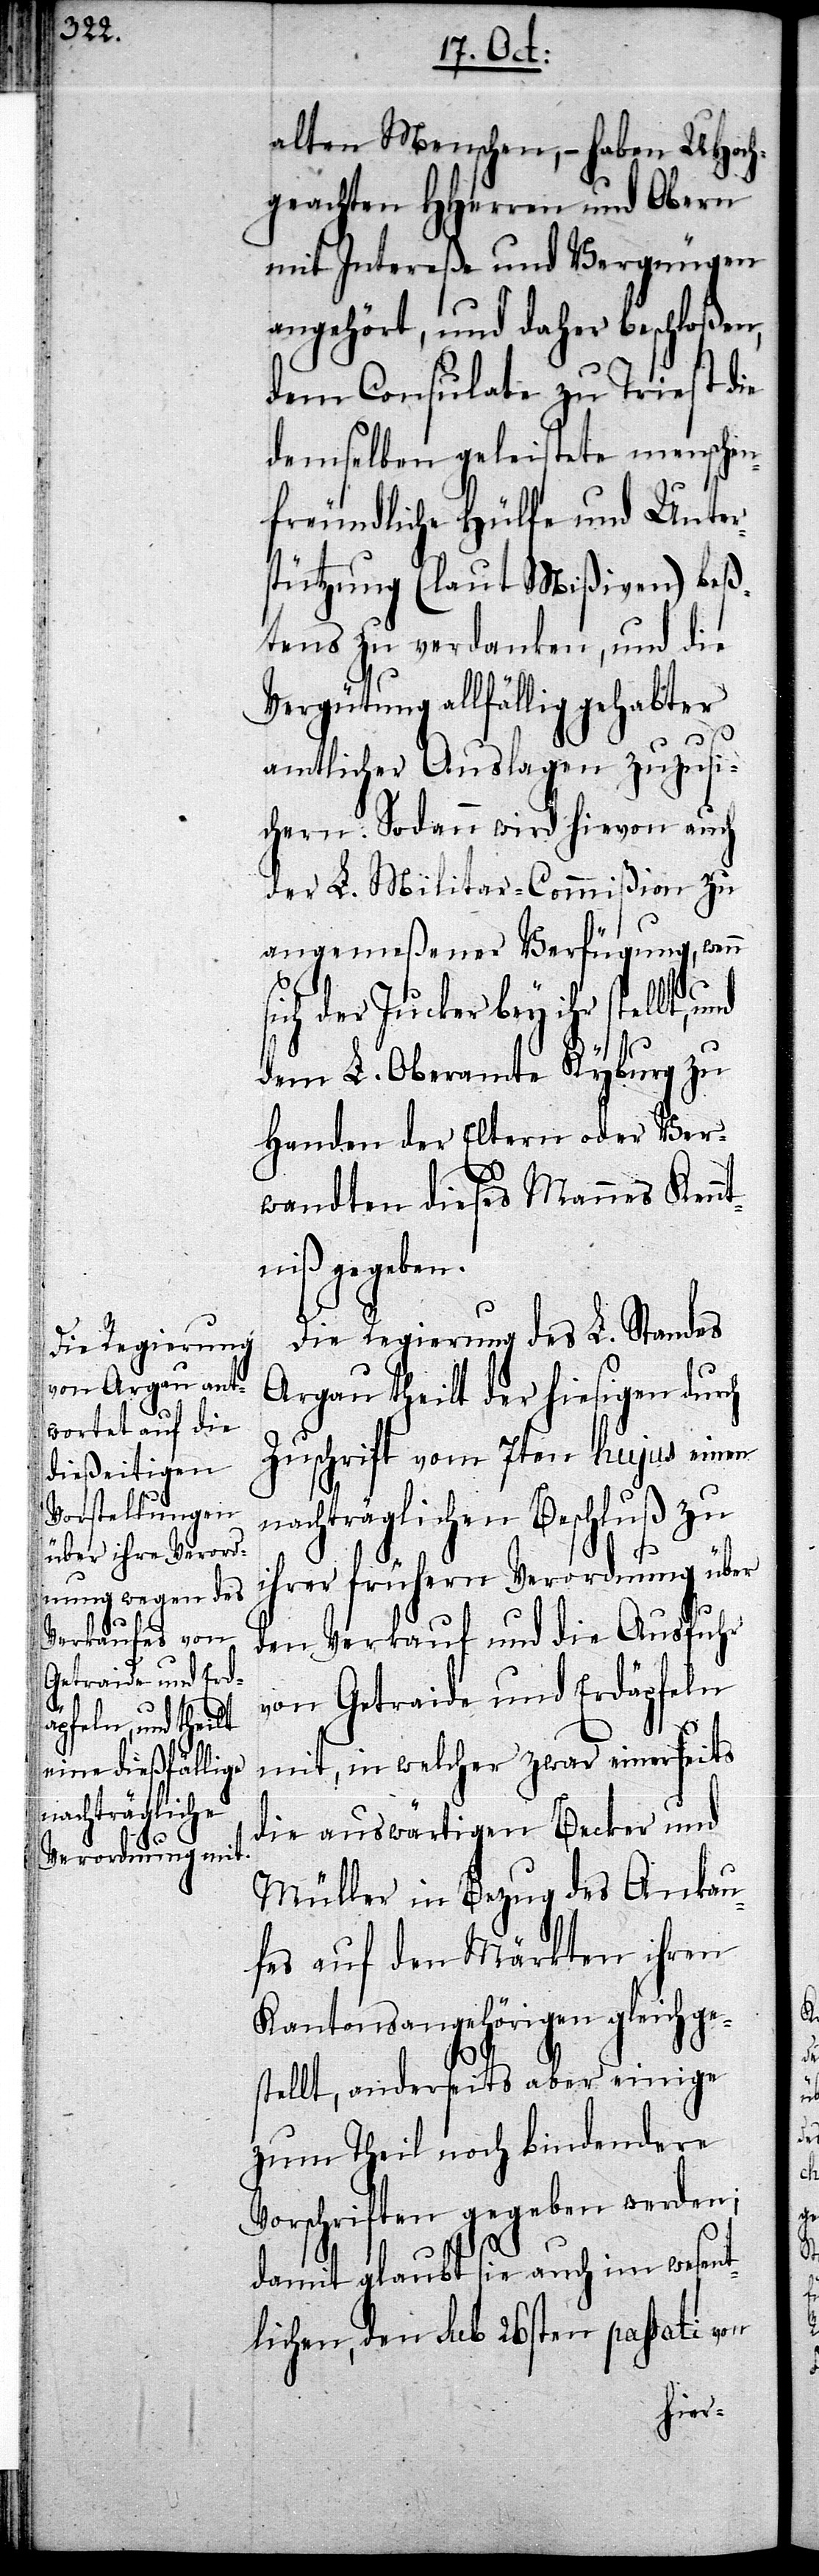
alten Menschen, – haben UHoch¬
geachten HHerren und Obern
mit Intereße und Vergnügen
angehört, und daher beschloßen,
dem Consulate zu Triest die
demselben geleistete menschen¬
freundliche Hülfe und Unter¬
stützung (laut Mißiven) beß¬
tens zu verdanken, und die
Vergütung allfällig gehabter
amtlicher Auslagen zuzusi¬
chern. Sodann wird hievon auch
der L. Militar-Commißion zu
angemeßener Verfügung, wenn
sich der Jucker bey ihr stellt,
dem L. Oberamte Kyburg zu
Handen der Eltern oder Ver¬
wandten dieses Mannes Kenn¬
tniß gegeben.
Die Regierung des L. Standes
Argau theilt der hiesigen durch
Zuschrift vom 7ten hujus einen
nachträglichen Beschluß zu
ihrer frühern Verordnung über
den Verkauf und die Ausfuhr
von Getraide und Erdäpfeln
mit, in welcher zwar einerseits
die auswärtigen Becker und
Müller in Bezug des Ankau¬
fes auf den Märkten ihren
Kantonsangehörigen gleichge¬
stellt, anderseits aber einige
zum Theil noch bindendere
Vorschriften gegeben werden;
damit glaubt sie auch im wesen¬
tlichen, den sub 26sten passati von